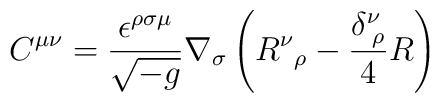
C^{\mu\nu} = \frac {\epsilon ^{\rho\sigma\mu}} {\sqrt {-g}}\nabla_{\sigma}\left( R {^\nu}{_\rho} - \frac {\delta^\nu_{\; \rho}}{4} R \right)